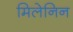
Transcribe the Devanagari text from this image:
मिलेनिन